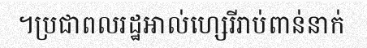
។ប្រជាពលរដ្ឋអាល់ហ្សេរីរាប់ពាន់នាក់